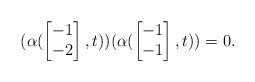
LaTeX: \begin{align*}(\alpha(\begin{bmatrix}-1\\-2\end{bmatrix},t))(\alpha(\begin{bmatrix}-1\\-1\end{bmatrix},t))=0.\end{align*}